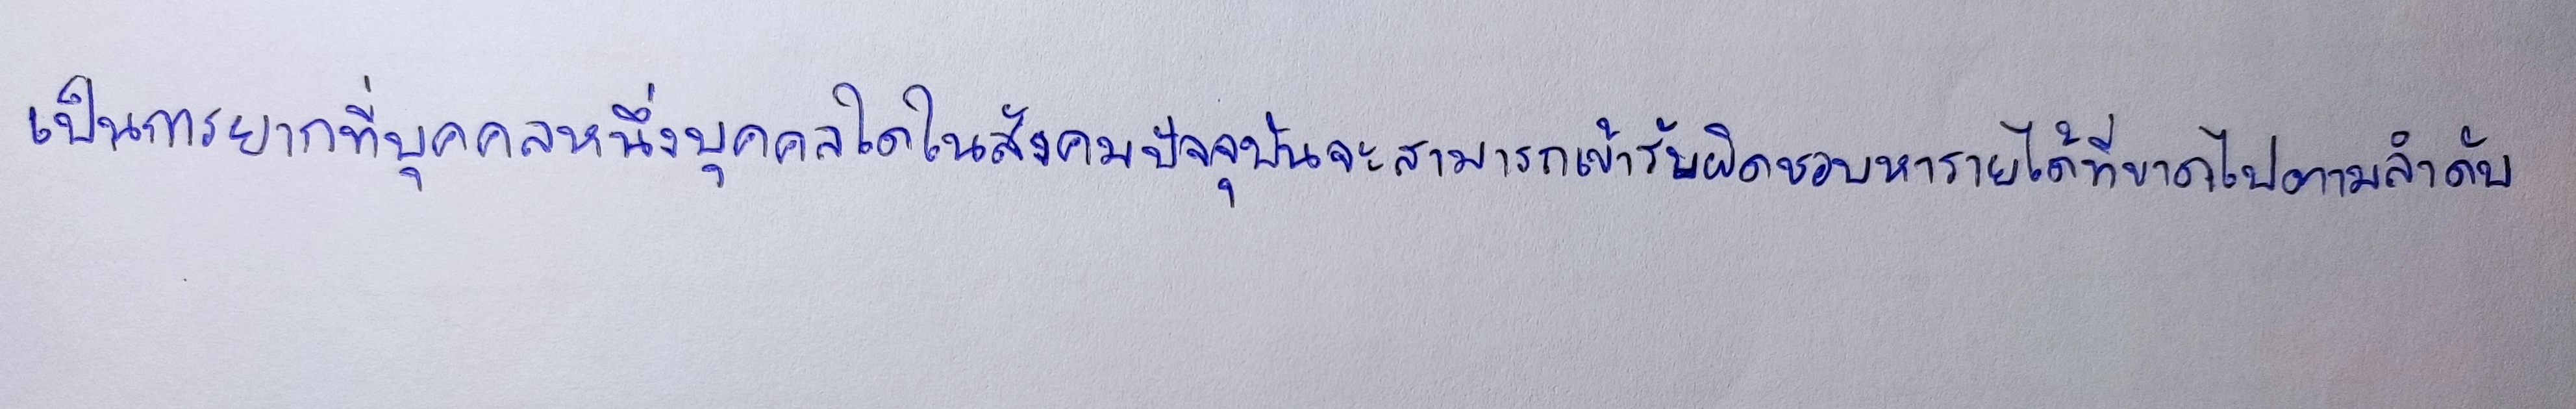
เป็นการยากที่บุคคลหนึ่งบุคคลใดในสังคมปัจจุบันจะสามารถเข้ารับผิดชอบหารายได้ที่ขาดไปตามลำดับ